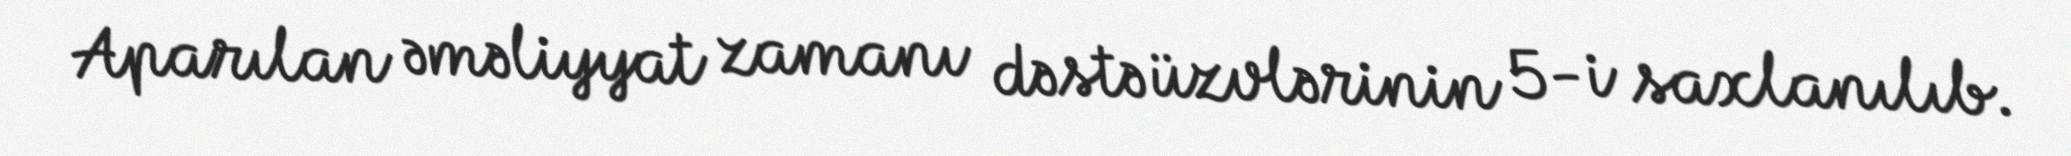
Aparılan əməliyyat zamanı dəstə üzvlərinin 5-i saxlanılıb.